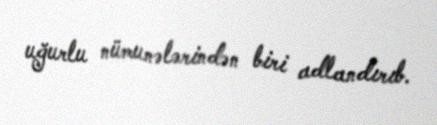
uğurlu nümunələrindən biri adlandırıb.